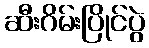
ဆီးဂိမ်းပြိုင်ပွဲ